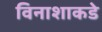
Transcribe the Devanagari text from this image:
विनाशाकडे